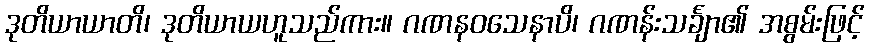
ဒုတိယာယာတိ၊ ဒုတိယာယဟူသည်ကား။ ဂဏနဝသေနာပိ၊ ဂဏန်းသင်္ချာ၏ အစွမ်းဖြင့်